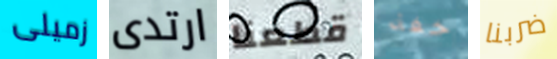
زميلى ارتدى قطعنا خفة ضربنا